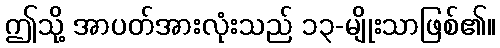
ဤသို့ အာပတ်အားလုံးသည် ၁၃-မျိုးသာဖြစ်၏။